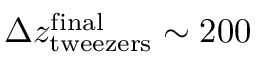
\Delta z _ { \mathrm { t w e e z e r s } } ^ { \mathrm { f i n a l } } \sim 2 0 0